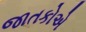
જાતકોએ